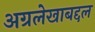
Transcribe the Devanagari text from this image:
अग्रलेखाबद्दल